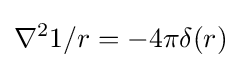
\nabla ^{2}1/r=-4\pi \delta (r)